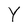
Character: Y